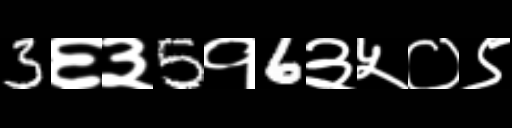
Text: 3६३5१6३५०९